Subject: math
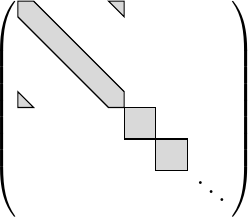
LaTeX code:
\begin{tikzpicture}
\def\psize{1.5cm}
\def\msize{1.35cm}
\def\w{.4cm} % block size
\begin{scope}[scale=0.5,xshift=-\msize,yshift=\msize]
\draw[fill=gray!30] (-\msize,\msize-\w)--(-\msize,\msize)--(-\msize+\w,\msize)--(\msize,-\msize+\w)--(\msize,-\msize)--(\msize-\w,-\msize)--cycle;
\draw[xshift=\msize,yshift=\msize,fill=gray!30] (0,0)--(0,-\w)--(-\w,0)--cycle;
\draw[xshift=-\msize,yshift=-\msize,fill=gray!30] (0,0)--(0,\w)--(\w,0)--cycle;
\end{scope}
\def\w{.8cm} % block size
\begin{scope}[scale=0.5,xshift=\msize,yshift=-\msize]
\foreach \b in {0,1}{
	\draw[fill=gray!30,xshift=-\msize+\b*\w,yshift=\msize-\b*\w] (0,0)--(\w,0)--(\w,-\w)--(0,-\w)--cycle;
}
\node at (.2,.2) [below right] {$\ddots$};
\end{scope}
\node at (-\psize,0) {$\left(\vphantom{\rule{\psize}{\psize}}\right.$};
\node at (\psize,0) {$\left.\vphantom{\rule{\psize}{\psize}}\right)$};
\end{tikzpicture}